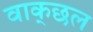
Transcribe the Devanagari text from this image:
वाक्‌छल